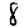
Digit: 8